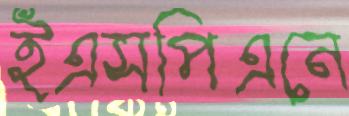
ইএসপিএনে